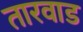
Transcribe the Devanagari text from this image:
तारवाड